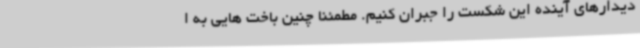
دیدارهای آینده این شکست را جبران کنیم. مطمئنا چنین باخت هایی به ا